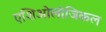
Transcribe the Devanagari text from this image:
एशिओलोजिकल